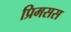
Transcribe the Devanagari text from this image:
प्रिमसस